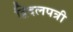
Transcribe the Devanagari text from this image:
द्विदलपत्री